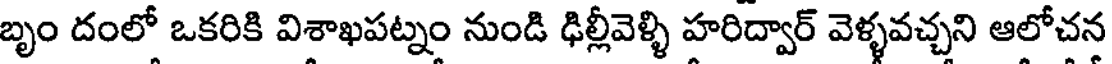
బృం దంలో ఒకరికి విశాఖపట్నం నుండి ఢిల్లీవెళ్ళి హరిద్వార్ వెళ్ళవచ్చని ఆలోచన